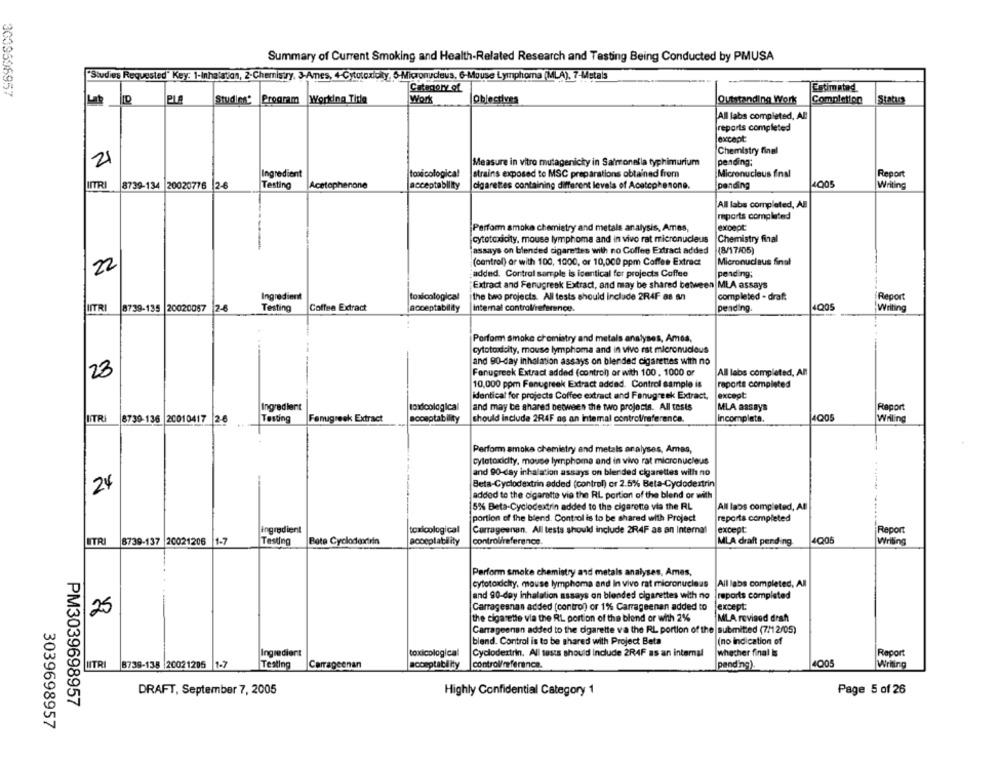
Summary of Current Smoking and Health-Related Research and Testing Being Conducted by PMUSA
"Studies Requested" Key: 1-Inhalation, 2-Chemisty, 3-Ames, + Cytotoxicity, 6-Micronucleus, 6-Mouse Lymphoma (MLA), 7-Metals
Category of
Estimated
3039596957
studie* Program Working Title
Work
Oblectives
Outstanding Work
Completion
Status
All labs completed, AB
reports completed
except
Chemistry final
pending;
2
Measure in vitro mutagenicty in Salmonella typhimurium
Ingredient
toxicological
strains exposed to MSC preparations obtained from
Micronucleus final
Report
INTRI
Testing
Acetophenone
4005
8739-134 20020776 |2-6
acceptability
cigarettes containing different levels of Acetephesone.
pending
Writing
All labs completed, AE
mports completed
Perform smoke chemietry and metals analysis, Ames,
except
cytotoxicity, mouse lymphoma and in vivo rat micronucleus
Chemistry final
assays on blended cigarettes with no Coffee Extract added
(8/17/05)
22
(control) or with 100, 1000, or 10,000 ppm Coffee Extract
Micronucleus final
added. Control sample is identical for projects Coffee
pending;
"Extract and Fenugreek Extract, and may be shared between MLA assays
Ingredient
toxicological
the two projects. All tests should include 2R4F as an
completed - draf:
Report
NITRI
8739-135 20020087
2.6
Testing
Coffee Extract
acceptability
Internal control/reference.
pending
Writing
Porform smoke chemistry and metals analyses, Ames,
cytotoxicity, mouse lymphoma and in vivo nst micronucleus
and 90-day inhalation assays on blended cigarettes with no
22
Fenugreek Extract added (control) or with 100. 1000 or
All labs completed, All
10,000 ppm Fenugreek Extract added. Control sample is
raporta completed
identical for projects Coffee extract and Fenugreek Extract,
except
Ingredient
toxicological
and may be shared between the two projects. All tests
MLA assays
Report
LITRI
8739-136 20010417 2-6
Testing
Fenugreek Extract
soosptability
should include 2R4F as an intemal control/reference.
Incompleta.
Willing
Perform smoke chemistry and metals analyses, Amas,
cytatoxidty, mouse lymphoma and in vivo rat micronucleus
and 90-day inhalation assays on blended cigarettes with no
24
Beta-Cyclodextrin added (control) cr 2.5% Beta-Cyclodertrin
added to the cigarette vie the RL portion of the blend or with
5% Beta-Cyclodextrin added to the cigarette via the RL
All laos completed, All
portion of the blend. Control is to be shared with Project
reporta completed
ingredient
toxicological
Carrageenan. All tests should include 2R4F as an Internal
except
Report
LITRI
8739-137 20021206
1-7
Testing
Bote Cyclodextrin
acceplability
control/reference
MLA draft pending.
Q05
Perform smoke chemistry and metals analyses, Ames,
cytotoxicity, mouse lymphoma and in vivo rat micronucleus
All labs completed, All
and 90-day Inhalation assays on blended cigarettes with no
reports completed
Carragesnan added (contro) or 1% Carrageenan added to
except
25
the cigarette via the RL portion of the blend or with 2%
MLA revised draht
Carrageenan added to the cigarette va the RL portion of the submitted (7/12/05)
blend. Control is to be shared with Project Beta
(no indication of
Ingredient
toxicological
Cyclodextrin. All tests should Include 2R4F as an internal
whether final is
Report
Testing
Carrageenan
control/reference.
Writing
UTRI 8739-138 20021205 1-7
acceptability
pending).
DRAFT, September 7, 2005
Highly Confidential Category 1
Page 5 of 26
PM3039698957
3039698957